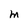
Character: M